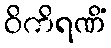
ဝိကိရဏိံ